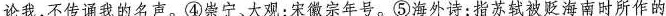
论我，不传诵我的名声。④崇宁、大观：宋徽宗年号。⑤海外诗：指苏轼被贬海南时所作的